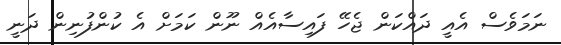
ނަމަވެސް އެއީ ދައްކަން ޖެހޭ ފައިސާއެއް ނޫން ކަމަށް އެ ކުންފުނިން ދަނީ